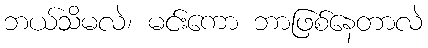
ဘယ်သိမလဲ၊ မင်းကော ဘာဖြစ်နေတာလဲ